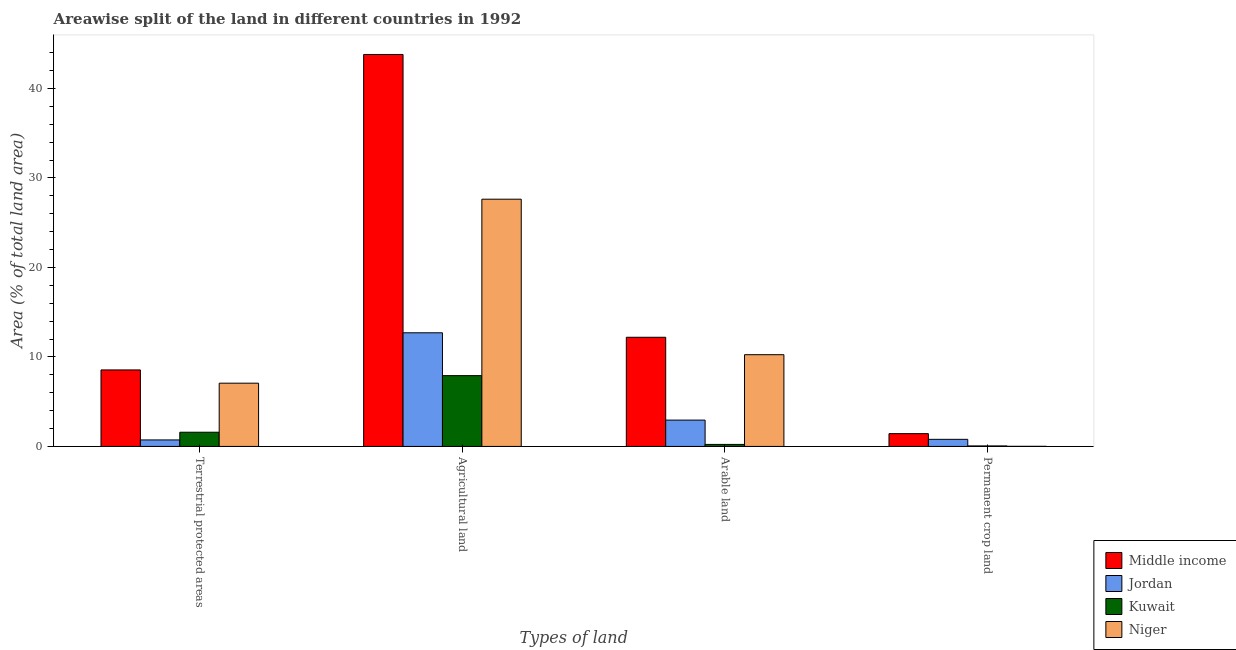
| Types of land | Middle income | Jordan | Kuwait | Niger |
 | --- | --- | --- | --- | --- |
 | Terrestrial protected areas | 8.55 | 0.727 | 1.59 | 7.07 |
 | Agricultural land | 43.8 | 12.7 | 7.91 | 27.6 |
 | Arable land | 12.2 | 2.94 | 0.224 | 10.3 |
 | Permanent crop land | 1.43 | 0.793 | 0.0561 | 0.0103 |